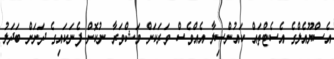
އެސްޔޫއެލްގެ އެސެޓްތައް ކައުންސިލާ އެއްވެސް ވަރަކަށް މަޝްވަރާ ނުކޮށް ފެނަކައިގެ ދަށަށް ބަދަލު